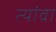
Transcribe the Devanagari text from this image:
त्यांवा